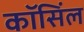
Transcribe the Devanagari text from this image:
कॉसिंल